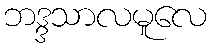
ဘဒ္ဒသာလမူလေ